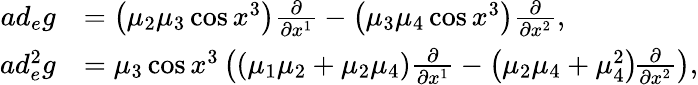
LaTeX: \begin{array}{rl}{ad_{e}g}&{=\left(\mu_{2}\mu_{3}\cos x^{3}\right)\frac{\partial}{\partial x^{1}}-\left(\mu_{3}\mu_{4}\cos x^{3}\right)\frac{\partial}{\partial x^{2}},}\\ {ad_{e}^{2}g}&{=\mu_{3}\cos x^{3}\left(\left(\mu_{1}\mu_{2}+\mu_{2}\mu_{4}\right)\frac{\partial}{\partial x^{1}}-\left(\mu_{2}\mu_{4}+\mu_{4}^{2}\right)\! \frac{\partial}{\partial x^{2}}\right),}\end{array}